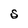
Character: S